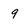
Character: 9